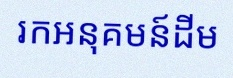
រកអនុគមន៍ដើម